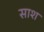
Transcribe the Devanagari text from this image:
साश